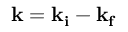
{ \bf k } = { \bf k _ { i } } - { \bf k _ { f } }